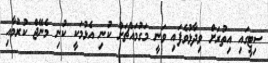
ސިޓީގައި އިތުރަށް ވިދާޅުވެފައި ވަނީ މަގުމައްޗަށް ކުނި އެޅުމަކީ ކުނި މެނޭޖް ކުރުމާއި